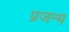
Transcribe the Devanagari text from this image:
प्रजन्य